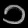
Digit: ၁